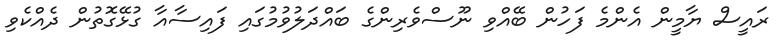
ރައީސް ޔާމީން އެންމެ ފަހުން ބޭއްވި ނޫސްވެރިންގެ ބައްދަލުވުމުގައި ފައިސާއާ ގުޅޭގޮތުން ދެއްކެވި